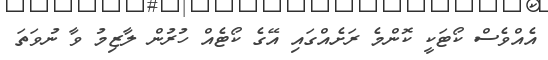
އެއްވެސް ކޯޓަކީ ކޮންމެ ރަށެއްގައި އޭގެ ކޯޓެއް ހުރުން ލާޒިމު ވާ ނުވަތަ